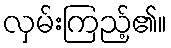
လှမ်းကြည့်၏။